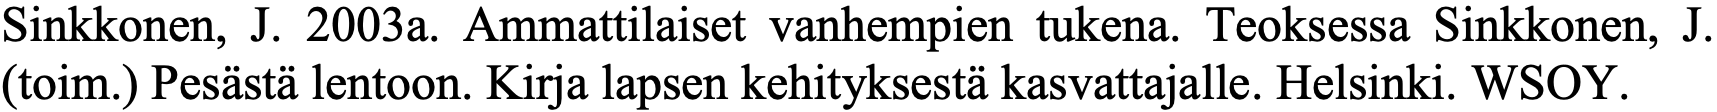
Sinkkonen, J. 2003a. Ammattilaiset vanhempien tukena. Teoksessa Sinkkonen, J. (toim.) Pesästä lentoon. Kirja lapsen kehityksestä kasvattajalle. Helsinki. WSOY.